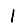
Digit: 1